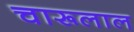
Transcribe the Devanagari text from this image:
चारूलाल